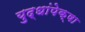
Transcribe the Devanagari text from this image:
युद्धांपेक्षा